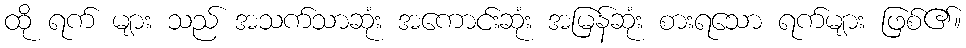
ထို ရက် များ သည် အသက်သာဆုံး အကောင်းဆုံး အမြန်ဆုံး စားရသော ရက်များ ဖြစ်၏။